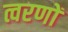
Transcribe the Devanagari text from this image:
त्वरणों